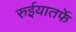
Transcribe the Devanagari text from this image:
रुईयातर्फे